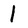
Character: 1